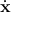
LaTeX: \dot { \mathbf { x } }